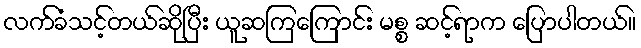
လက်ခံသင့်တယ်ဆိုပြီး ယူဆကြကြောင်း မစ္စ ဆင့်ရာက ပြောပါတယ်။